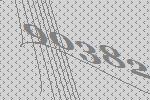
90382